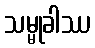
သမ္မုခါဿ